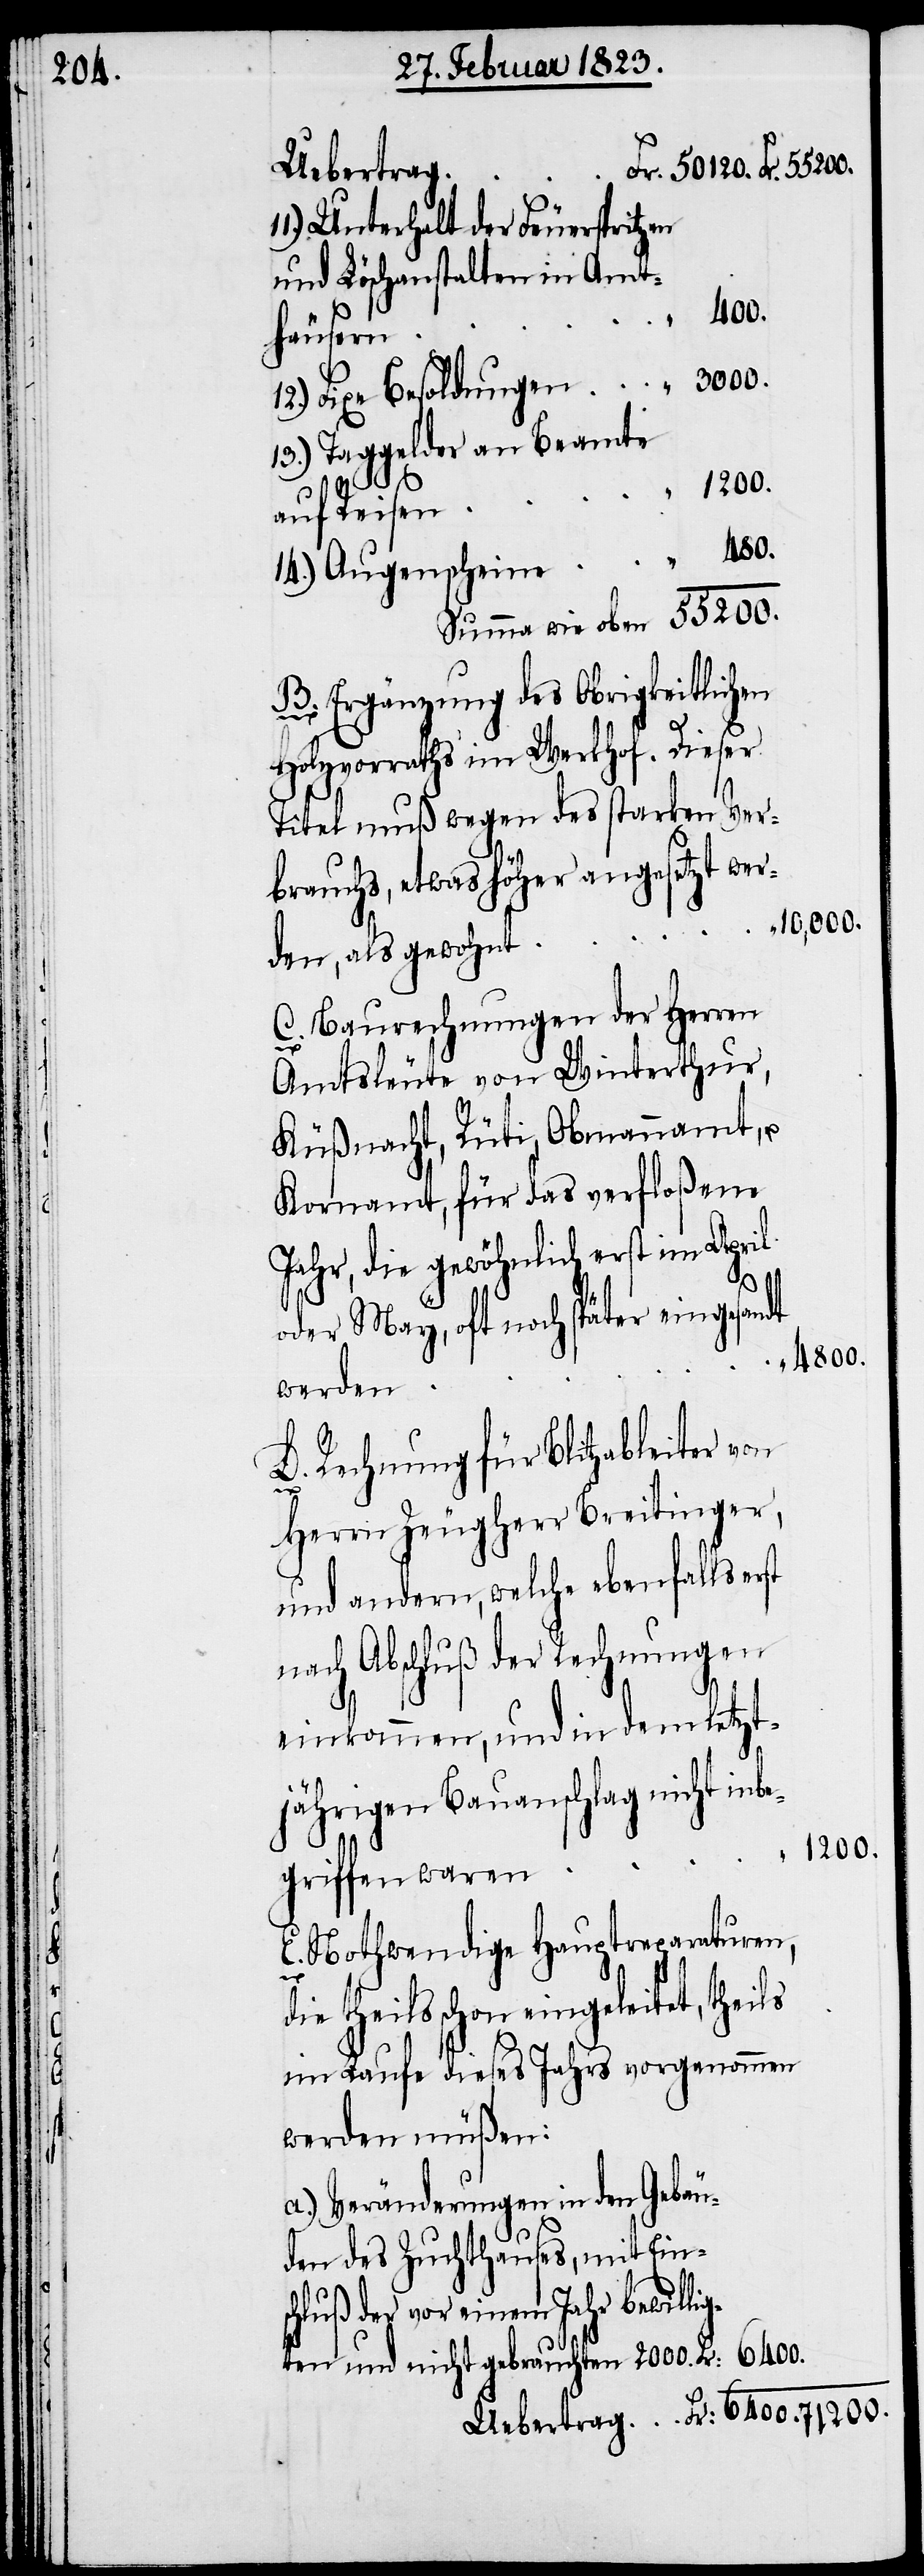
Uebertrag
Unterhalt der Feuerspritzen
und Löschanstalten in Amt¬
schluß
13.) Taggelder an Beamte
14.)
auf Reisen
B. Ergänzung des Obrigkeitlichen
Holzvorraths im Werkhof. Dieser
Titel muß wegen des starken Ver¬
brauchs, etwas höher angesetzt wer¬
den, als gewohnt
C. Baurechnungen der Herren
Amtsleute von Winterthur,
Küßnacht, Rüti, Obmannamt, u.
Kornamt, für das verfloßene
Jahr, die gewöhnlich erst im April
oder May, oft noch später eingesandt
6400.
werden
D. Rechnung für Blitzableiter von
Herrn Zeugherr Breitinger,
und andern, welche ebenfalls erst
nach Abschluß der Rechnungen
einkommen, und in dem letzt¬
jährigen Bauanschlag nicht inbe¬
71200.
griffen waren
E. Nothwendige Hauptreparaturen,
„
die theils schon eingeleitet, theils
im Laufe dieses Jahrs vorgenommen
werden müßen:
a.) Veränderungen in den Gebäu¬
den des Zuchthauses, mit Ein¬
der vor einem Jahr bewilli¬
gten und nicht gebrauchten 2000.